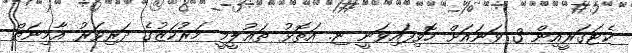
ކެޓަގަރީއިން 3 ވަނައަށް ހޮވިފައިވަނީ ޏ. އަތޮޅު ތަޢުލީމީ މަރުކަޒުގެ ދަރިވަރު އާމިނަތް